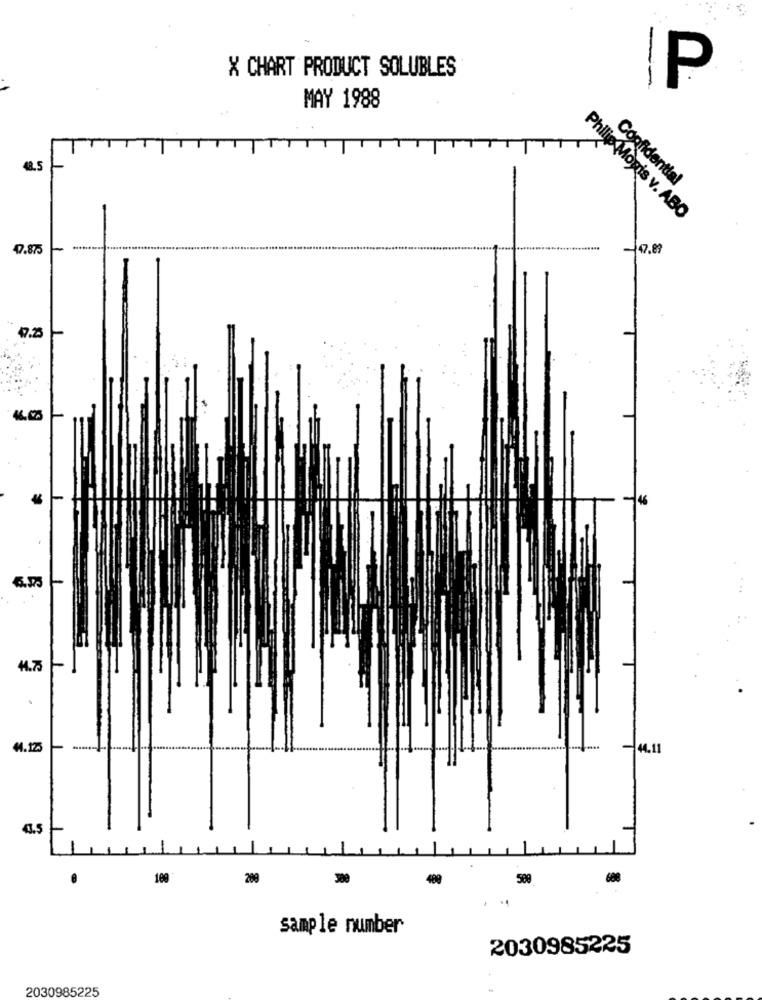
X CHART PRODUCT SOLUBLES
--
P
. .
MAY 1988
18.5
Confidential
Philip Mogis v. ABO
47.875
47.83
47.25
44.75
44.125
44.11
4.5
109
289
489
500
688
sample number
2030985225
2030985225